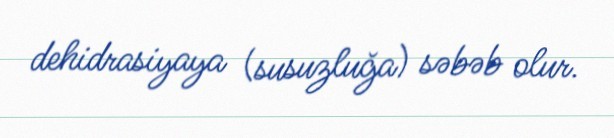
dehidrasiyaya (susuzluğa) səbəb olur.